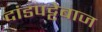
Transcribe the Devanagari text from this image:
दांडपट्टेबाज